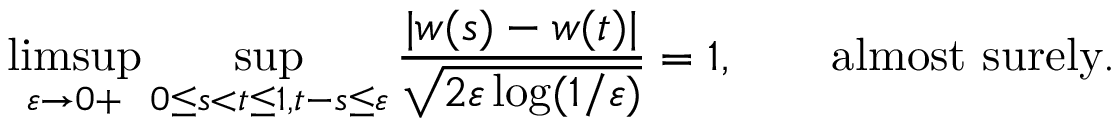
\operatorname* { l i m s u p } _ { \varepsilon \to 0 + } \operatorname* { s u p } _ { 0 \leq s < t \leq 1 , t - s \leq \varepsilon } { \frac { | w ( s ) - w ( t ) | } { \sqrt { 2 \varepsilon \log ( 1 / \varepsilon ) } } } = 1 , \qquad { \mathrm { a l m o s t ~ s u r e l y } } .